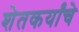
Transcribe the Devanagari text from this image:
शेतकर्यांचे